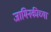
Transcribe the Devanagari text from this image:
जामिनकीच्या